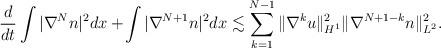
LaTeX: \begin{align*}\frac{d}{dt}\int |\nabla^N n|^2 dx+\!\int |\nabla^{N+1} n|^2 dx\lesssim \sum_{k=1}^{N-1} \|\nabla^k u\|_{H^1}^2\|\nabla^{N+1-k}n\|_{L^2}^2.\end{align*}